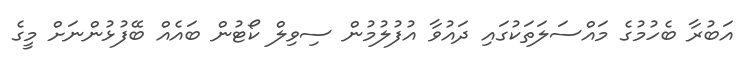
އަބުރާ ބެހުމުގެ މައްސަލަތަކުގައި ދައުވާ އުފުލުމުން ސިވިލް ކޯޓުން ބައެއް ބޭފުޅުންނަށް މީގެ